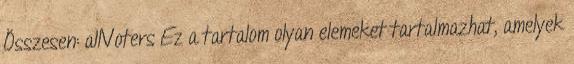
Összesen: allVoters Ez a tartalom olyan elemeket tartalmazhat, amelyek